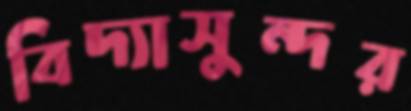
বিদ্যাসুন্দর